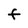
Character: F